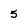
Character: 5